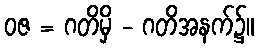
ဝဇ = ဂတိမှိ - ဂတိအနက်၌။